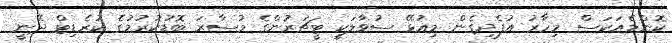
ކޮންމެއަކަސް މިހާރު އުފެދިގެން މިއުޅޭ ސުވާލަކީ ޓީޗަރުންގެ މުސާރަ ބޮޑުކުރުމުގެ ކުރެޑިޓް ދޭނީ